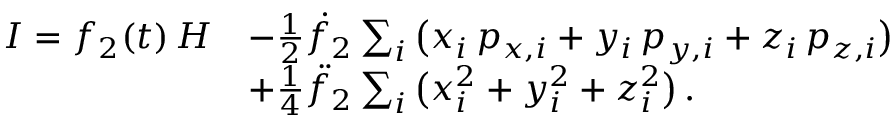
\begin{array} { r l } { I = f _ { 2 } ( t ) \, H } & { - { \textstyle \frac { 1 } { 2 } } \dot { f } _ { 2 } \sum _ { i } \big ( x _ { i } \, p _ { x , i } + y _ { i } \, p _ { y , i } + z _ { i } \, p _ { z , i } \big ) } \\ & { + { \textstyle \frac { 1 } { 4 } } \ddot { f } _ { 2 } \sum _ { i } \big ( x _ { i } ^ { 2 } + y _ { i } ^ { 2 } + z _ { i } ^ { 2 } \big ) \, . } \end{array}